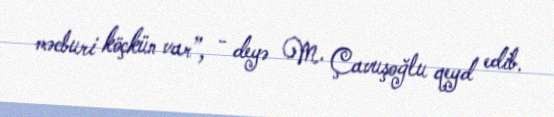
məcburi köçkün var”, - deyə M. Çavuşoğlu qeyd edib.